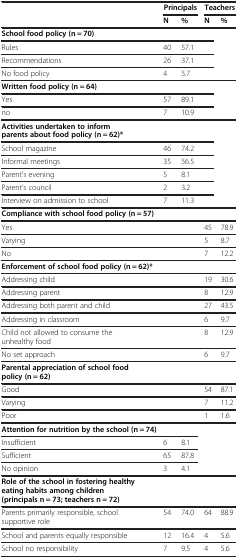
<table><thead><tr><td><b> </b></td><td colspan="2"><b>Principals</b></td><td colspan="2"><b>Teachers</b></td></tr><tr><td><b> </b></td><td><b>N</b></td><td><b>%</b></td><td><b>N</b></td><td><b>%</b></td></tr></thead><tbody><tr><td><b>School food policy (n = 70)</b></td><td> </td><td> </td><td> </td><td> </td></tr><tr><td>Rules</td><td>40</td><td>57.1</td><td> </td><td> </td></tr><tr><td>Recommendations</td><td>26</td><td>37.1</td><td> </td><td> </td></tr><tr><td>No food policy</td><td>4</td><td>5.7</td><td> </td><td> </td></tr><tr><td><b>Written food policy (n = 64)</b></td><td> </td><td> </td><td> </td><td> </td></tr><tr><td>Yes</td><td>57</td><td>89.1</td><td> </td><td> </td></tr><tr><td>no</td><td>7</td><td>10.9</td><td> </td><td> </td></tr><tr><td><b>Activities undertaken to inform parents about food policy (n = 62)*</b></td><td> </td><td> </td><td> </td><td> </td></tr><tr><td>School magazine</td><td>46</td><td>74.2</td><td> </td><td> </td></tr><tr><td>Informal meetings</td><td>35</td><td>56.5</td><td> </td><td> </td></tr><tr><td>Parent’s evening</td><td>5</td><td>8.1</td><td> </td><td> </td></tr><tr><td>Parent’s council</td><td>2</td><td>3.2</td><td> </td><td> </td></tr><tr><td>Interview on admission to school</td><td>7</td><td>11.3</td><td> </td><td> </td></tr><tr><td><b>Compliance with school food policy (n = 57)</b></td><td> </td><td> </td><td> </td><td> </td></tr><tr><td>Yes</td><td> </td><td> </td><td>45</td><td>78.9</td></tr><tr><td>Varying</td><td> </td><td> </td><td>5</td><td>8.7</td></tr><tr><td>No</td><td> </td><td> </td><td>7</td><td>12.2</td></tr><tr><td><b>Enforcement of school food policy (n = 62)*</b></td><td> </td><td> </td><td> </td><td> </td></tr><tr><td>Addressing child</td><td> </td><td> </td><td>19</td><td>30.6</td></tr><tr><td>Addressing parent</td><td> </td><td> </td><td>8</td><td>12.9</td></tr><tr><td>Addressing both parent and child</td><td> </td><td> </td><td>27</td><td>43.5</td></tr><tr><td>Addressing in classroom</td><td> </td><td> </td><td>6</td><td>9.7</td></tr><tr><td>Child not allowed to consume the unhealthy food</td><td> </td><td> </td><td>8</td><td>12.9</td></tr><tr><td>No set approach</td><td> </td><td> </td><td>6</td><td>9.7</td></tr><tr><td><b>Parental appreciation of school food policy (n = 62)</b></td><td> </td><td> </td><td> </td><td> </td></tr><tr><td>Good</td><td> </td><td> </td><td>54</td><td>87.1</td></tr><tr><td>Varying</td><td> </td><td> </td><td>7</td><td>11.2</td></tr><tr><td>Poor</td><td> </td><td> </td><td>1</td><td>1.6</td></tr><tr><td><b>Attention for nutrition by the school (n = 74)</b></td><td> </td><td> </td><td> </td><td> </td></tr><tr><td>Insufficient</td><td>6</td><td>8.1</td><td> </td><td> </td></tr><tr><td>Sufficient</td><td>65</td><td>87.8</td><td> </td><td> </td></tr><tr><td>No opinion</td><td>3</td><td>4.1</td><td> </td><td> </td></tr><tr><td><b>Role of the school in fostering healthy eating habits among children (principals n = 73; teachers n = 72)</b></td><td> </td><td> </td><td> </td><td> </td></tr><tr><td>Parents primarily responsible, school supportive role</td><td>54</td><td>74.0</td><td>64</td><td>88.9</td></tr><tr><td>School and parents equally responsible</td><td>12</td><td>16.4</td><td>4</td><td>5.6</td></tr><tr><td>School no responsibility</td><td>7</td><td>9.5</td><td>4</td><td>5.6</td></tr></tbody></table>